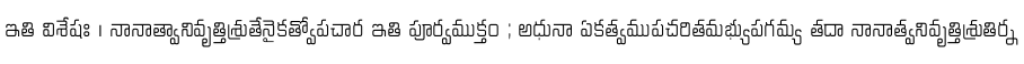
ఇతి విశేషః । నానాత్వానివృత్తిశ్రుతేనైకత్వోపచార ఇతి పూర్వముక్తం ; అధునా ఏకత్వముపచరితమభ్యుపగమ్య తదా నానాత్వనివృత్తిశ్రుతిర్న